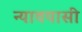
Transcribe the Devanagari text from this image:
न्यावयासी